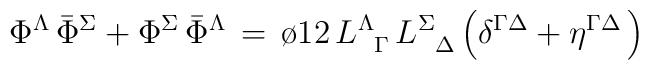
\Phi^\Lambda \, {\bar \Phi}^\Sigma + \Phi^\Sigma \, {\bar\Phi}^\Lambda  \, = \,  {\o{1}{2}} \,  L^{\Lambda}_{\phantom{\Lambda}\Gamma} \,L^{\Sigma}_{\phantom{\Sigma}\Delta} \left ( \delta^{\Gamma\Delta} +\eta^{\Gamma\Delta} \, \right )